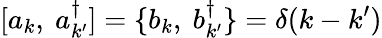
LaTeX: [a_{k},~a_{k^{\prime}}^{\dagger}]=\{ b_{k},~b_{k^{\prime}}^{\dagger}\} =\delta(k-k^{\prime})